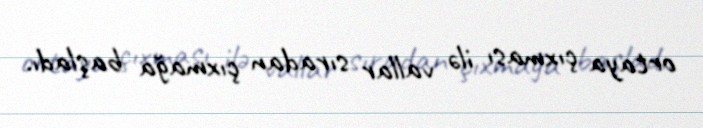
ortaya çıxması ilə vallar sıradan çıxmağa başladı.